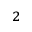
^ 2